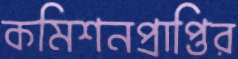
কমিশনপ্রাপ্তির